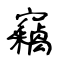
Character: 竊